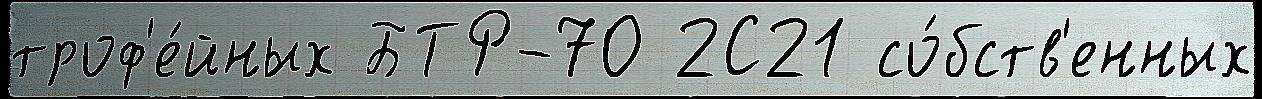
троф'е́йных БТР-70 2С21 со́бств'енных